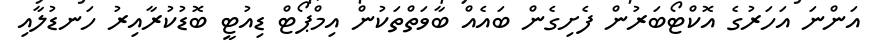
އަންނަ އަހަރުގެ އޮކްޓޯބަރުން ފެށިގެން ބައެއް ބާވަތްތަކުން އިމްޕޯޓް ޑިއުޓީ ބޮޑުކުރާއިރު ހަނޑުލާއި